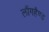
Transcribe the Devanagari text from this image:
लौंगहैण्ड